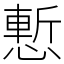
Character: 慙